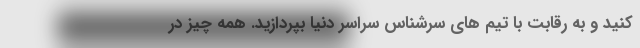
کنید و به رقابت با تیم های سرشناس سراسر دنیا بپردازید. همه چیز در